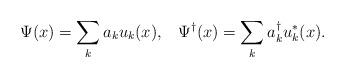
LaTeX: \begin{align*}\Psi(x)=\sum_k a_k u_k(x), \;\;\; \Psi^{\dagger}(x)=\sum_k a^{\dagger}_k u^*_k(x).\end{align*}